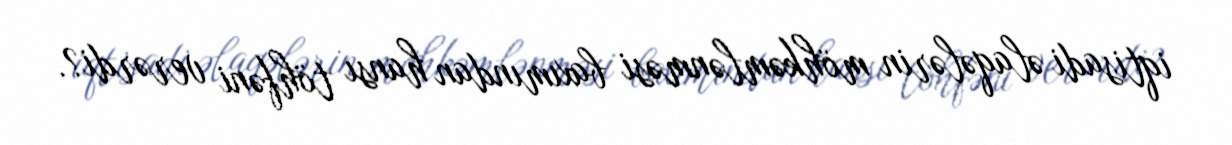
iqtisadi əlaqələrin möhkəmlənməsi baxımından hansı töhfəni verərdi?.